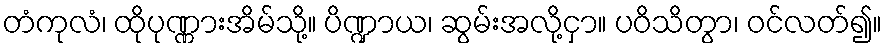
တံကုလံ၊ ထိုပုဏ္ဏားအိမ်သို့။ ပိဏ္ဍာယ၊ ဆွမ်းအလို့ငှာ။ ပဝိသိတွာ၊ ဝင်လတ်၍။